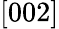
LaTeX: [002]